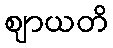
ဈာယတိ